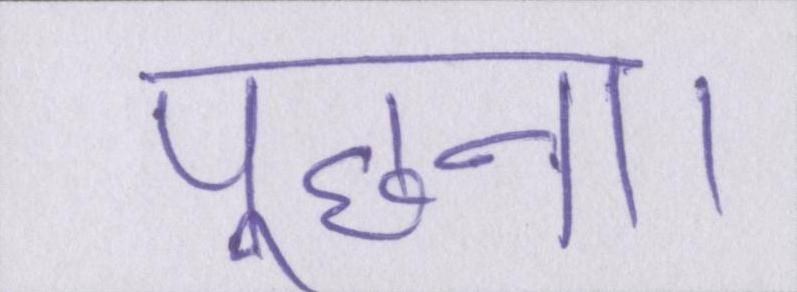
पूछना।